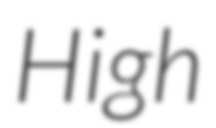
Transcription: High